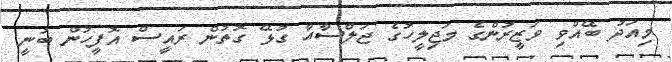
މިއަދު ބޭއްވި ވަޒީރުންގެ މަޖިލީހުގެ ޖަލްސާއާ ގުޅޭ ގޮތުން ރައީސް އޮފީހުން ބުނީ